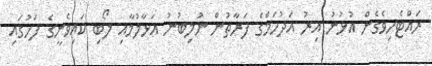
ރައްޓެހިވެގެން އުޅުނު އިރު އަދުހަމްގެ ފަރާތުން ނުލިބުނު އަޅާލުމާއި ލޯބި ކައިވެނީގެ ފަހުގައި